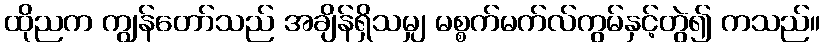
ထိုညက ကျွန်တော်သည် အချိန်ရှိသမျှ မစ္စက်မက်လ်ကွမ်နှင့်တွဲ၍ ကသည်။